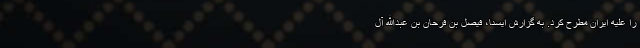
را علیه ایران مطرح کرد. به گزارش ایسنا، فیصل بن فرحان بن عبدالله آل